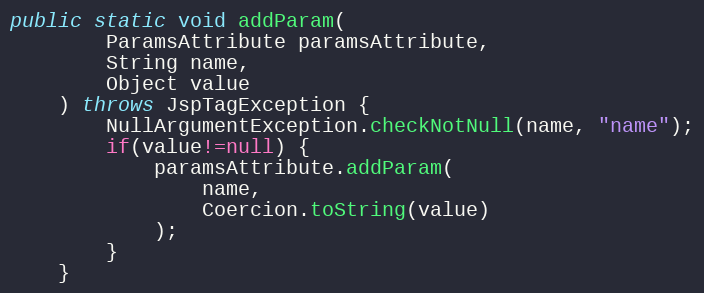
Language: Java
public static void addParam(
		ParamsAttribute paramsAttribute,
		String name,
		Object value
	) throws JspTagException {
		NullArgumentException.checkNotNull(name, "name");
		if(value!=null) {
			paramsAttribute.addParam(
				name,
				Coercion.toString(value)
			);
		}
	}